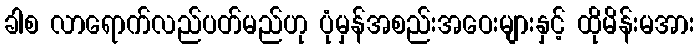
ခါစ လာရောက်လည်ပတ်မည်ဟု ပုံမှန်အစည်းအဝေးများနှင့် ထိုမိန်းမအား